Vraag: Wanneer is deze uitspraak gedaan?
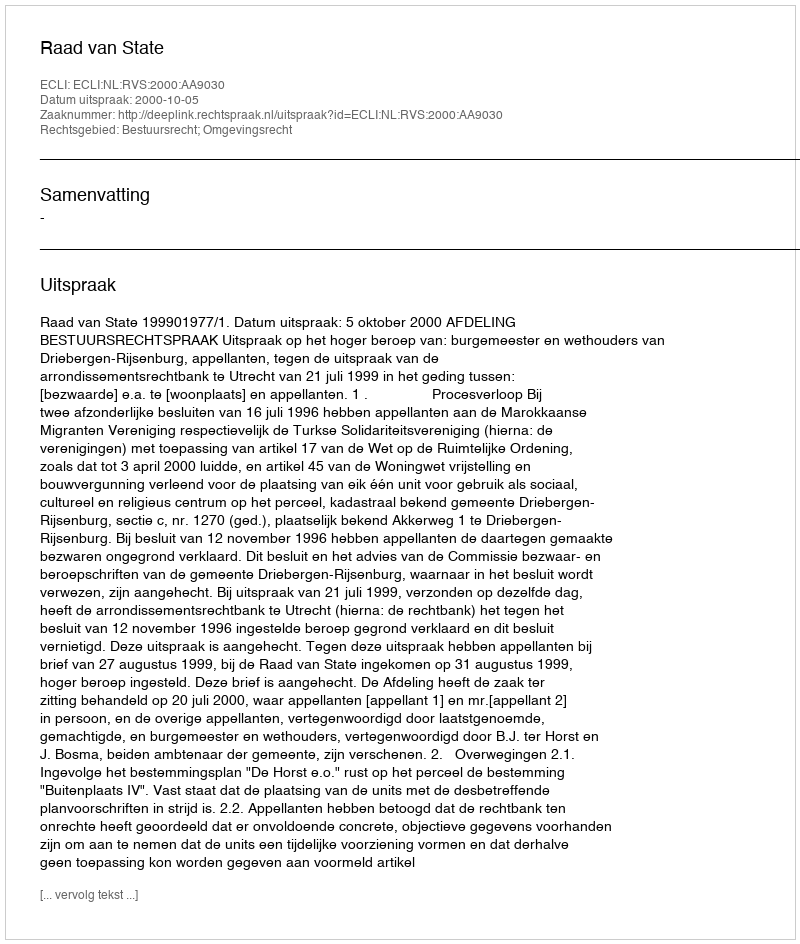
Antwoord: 2000-10-05